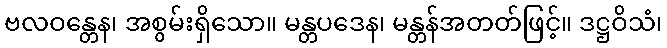
ဗလဝန္တေန၊ အစွမ်းရှိသော။ မန္တပဒေန၊ မန္တန်အတတ်ဖြင့်။ ဒဋ္ဌဝိသံ၊